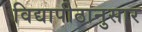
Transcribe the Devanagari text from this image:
विद्यापीठानुसार